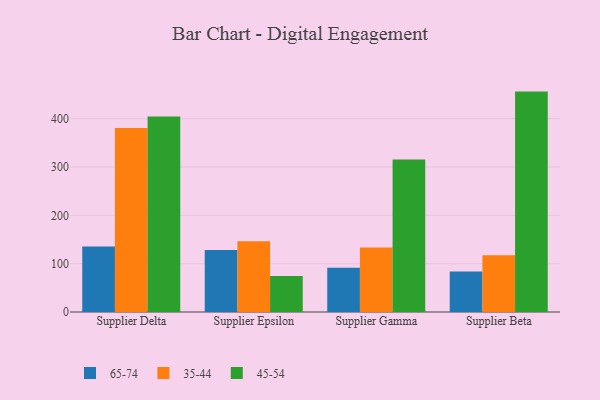
{"axis": {"x": "Supplier", "y": "Population (Million)"}, "legend": ["35-44", "45-54", "65-74"], "data": [{"x": "Supplier Delta", "y": 135.5, "type": "65-74"}, {"x": "Supplier Delta", "y": 380.8, "type": "35-44"}, {"x": "Supplier Delta", "y": 404.4, "type": "45-54"}, {"x": "Supplier Epsilon", "y": 128.3, "type": "65-74"}, {"x": "Supplier Epsilon", "y": 146.6, "type": "35-44"}, {"x": "Supplier Epsilon", "y": 74.7, "type": "45-54"}, {"x": "Supplier Gamma", "y": 91.6, "type": "65-74"}, {"x": "Supplier Gamma", "y": 133.6, "type": "35-44"}, {"x": "Supplier Gamma", "y": 315.8, "type": "45-54"}, {"x": "Supplier Beta", "y": 84.0, "type": "65-74"}, {"x": "Supplier Beta", "y": 117.5, "type": "35-44"}, {"x": "Supplier Beta", "y": 456.1, "type": "45-54"}]}